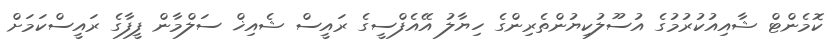
ކޮމެންޓް ޝާއިއުކުރުމުގެ އުސޫލުކިޔުންތެރިންގެ ހިޔާލު އޭއެފްސީގެ ރައީސް ޝެއިޚް ސަލްމާން ފީފާގެ ރައީސްކަމަށް